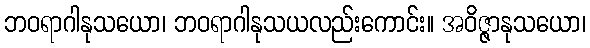
ဘဝရာဂါနုသယော၊ ဘဝရာဂါနုသယလည်းကောင်း။ အဝိဇ္ဇာနုသယော၊